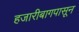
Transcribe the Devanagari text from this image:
हजारीबागपासून